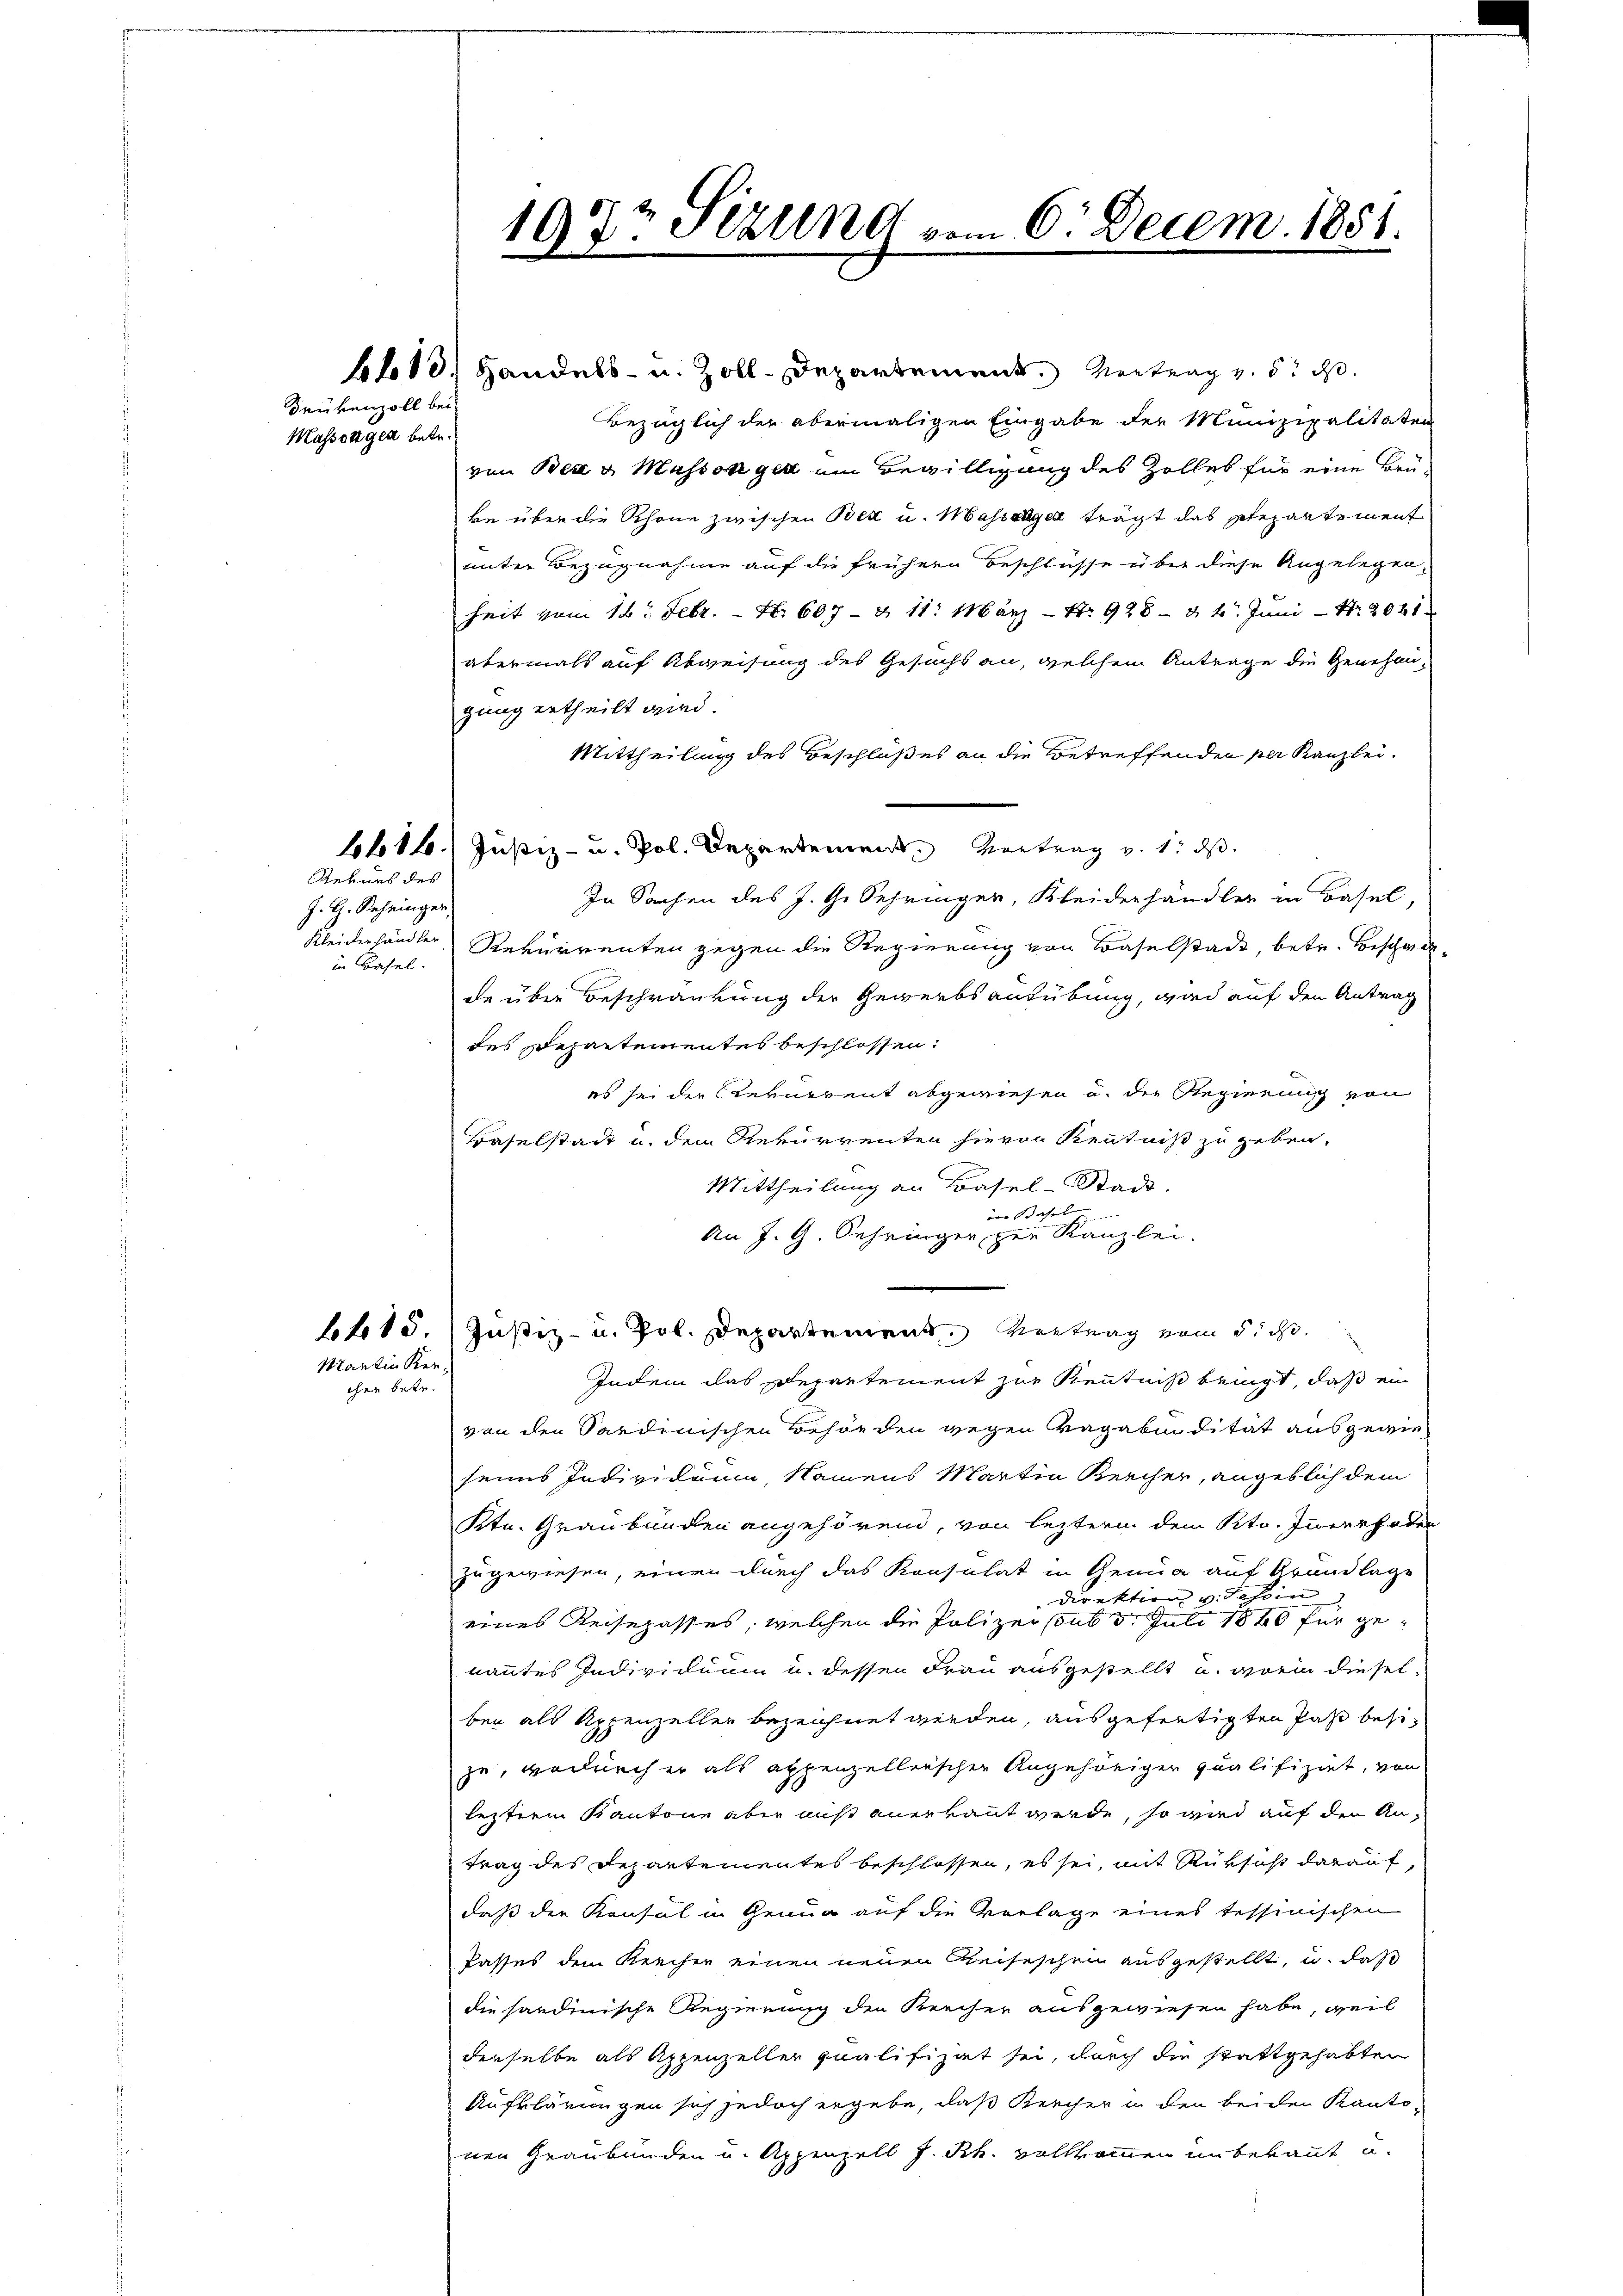
Trükenzoll bei

Masserigen betr.

1686.
Reines des

J. H. Rehringer
in Basel.

2 f 15
Martin Ker

cher betr.

lobo 10. Handels- u. Zoll-Departement. Vortrag v. 5. ds.
Bezüglich der abermaligen Eingabe der Munizipalitäten
von Bea u. Masson gelt um Bewilligung des Zolles für eine Brü-
ke über die Schöne zwischen Bett u. Massenger trägt das Stepartement
unter Bezugnahme auf die frühern Beschlüsse über diese Angelegen,
heit vom 16. Febr. - Nr. 607 - & 11. März - N. 928 - 8 t Juni - Nr. 2061
abermals auf Abweisung des Gesuchs an, welchem Antrage die Genehmigung ertheilt wird.
Mittheilung des Beschlußes an die Betreffenden per Kanzlei-
Justiz- u. Pol. Departement, Vortrag v. 1. ds.
In Sachen des J. G. Schringer, Kleiderhandler in Basel,
Kleidenhändler Rekurrenten gegen die Regierung von Baselstadt, betr. Beschwade über Beschränkung der Gewerbsausübung, wird auf den Antrag
des Departementes beschlossen:
es sei der Rekurrent abgewiesen u. die Regierung von
Baselstadt u. dem Rekurrenten hievon Kenntniß zu geben.
Mittheilung an Basel-Stadt.
in Basel
An J. G. Sehringer per Kanzlei.
Justiz- u. Jol. Departement. Vertrag vom 5. d.
Indem das Departement zur Kenntniß beigt, daß ein
von den Sardinischen Behörden wegen Vagabendität ausgewie-
seines Individuum, Namens Martin Kercher, angeblich dem
Ktn. Graubünden angehörend, von lezterm dem Sto. Innerrhoden
zugewiesen, einen durch das Konsulat in Genua auf Grundlage
Direktion v. Tessin
eines Reisepasses, welchen die Polizei sous 3. Juli 1840 für genanntes Individuum u. dessen Frau ausgestellt u. worin dieselben als Appenzeller bezeichnet werden, ausgefertigten Paß besizu, wodurch er als appenzelleischen Angehöriger qualifiziet, von
lezterm Kantone aber muß anerkannt werde, so wird auf den An-
trag des Departementes beschlossen, es sei, mit Rüksicht darauf,
daß die Konsul in Genug auf die Vorlage eines tessinischen
Passes dem Kreiser einen neuen Reiseschen ausgestellt, u. daß
die sardinische Regierung den Kercher ausgewiesen habe, weil
derselbe als Appenzeller qualifizit sei, durch die stattgehabten
Aufklärungen sich jedoch ergebe, daß Kreiher in den beiden Kanto-
nen Graubünden u. Appenzell J. Rh. vollkommen unbekannt u.

107t Sizund vom 6. Decem. 1851.
.
.